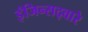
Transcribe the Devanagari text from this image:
इंजिन्सद्वारे